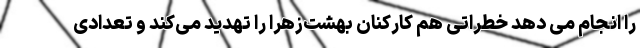
را انجام می دهد خطراتی هم کارکنان بهشت‌زهرا را تهدید می‌کند و تعدادی